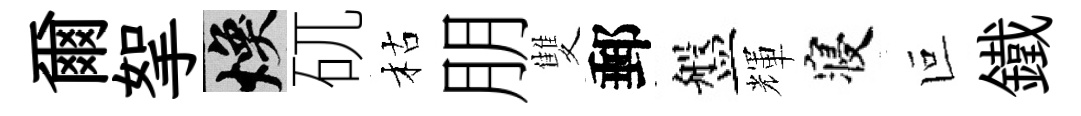
爾挐焕矹枯朋雙郵盤輝寝叵鐵